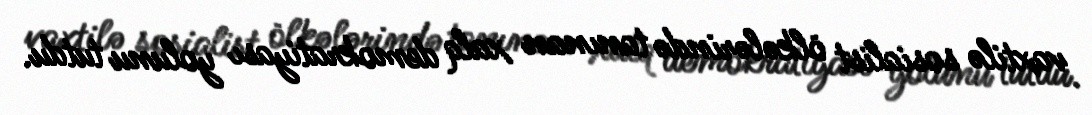
vaxtilə sosialist ölkələrində tanınan xalq demokratiyası yolunu tutdu.